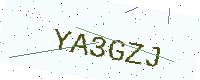
Text: YA3GZJ